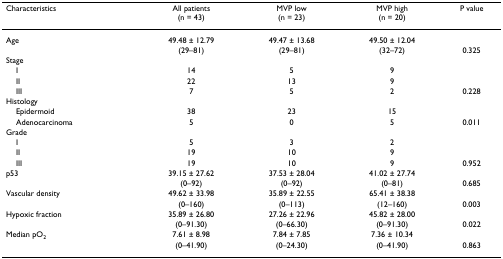
<table><thead><tr><td><b>Characteristics</b></td><td><b>All patients(n = 43)</b></td><td><b>MVP low(n = 23)</b></td><td><b>MVP high(n = 20)</b></td><td><b>P value</b></td></tr></thead><tbody><tr><td>Age</td><td>49.48 ± 12.79</td><td>49.47 ± 13.68</td><td>49.50 ± 12.04</td><td></td></tr><tr><td></td><td>(29–81)</td><td>(29–81)</td><td>(32–72)</td><td>0.325</td></tr><tr><td>Stage</td><td></td><td></td><td></td><td></td></tr><tr><td> I</td><td>14</td><td>5</td><td>9</td><td></td></tr><tr><td> II</td><td>22</td><td>13</td><td>9</td><td></td></tr><tr><td> III</td><td>7</td><td>5</td><td>2</td><td>0.228</td></tr><tr><td>Histology</td><td></td><td></td><td></td><td></td></tr><tr><td> Epidermoid</td><td>38</td><td>23</td><td>15</td><td></td></tr><tr><td> Adenocarcinoma</td><td>5</td><td>0</td><td>5</td><td>0.011</td></tr><tr><td>Grade</td><td></td><td></td><td></td><td></td></tr><tr><td> I</td><td>5</td><td>3</td><td>2</td><td></td></tr><tr><td> II</td><td>19</td><td>10</td><td>9</td><td></td></tr><tr><td> III</td><td>19</td><td>10</td><td>9</td><td>0.952</td></tr><tr><td>p53</td><td>39.15 ± 27.62</td><td>37.53 ± 28.04</td><td>41.02 ± 27.74</td><td></td></tr><tr><td></td><td>(0–92)</td><td>(0–92)</td><td>(0–81)</td><td>0.685</td></tr><tr><td>Vascular density</td><td>49.62 ± 33.98</td><td>35.89 ± 22.55</td><td>65.41 ± 38.38</td><td></td></tr><tr><td></td><td>(0–160)</td><td>(0–113)</td><td>(12–160)</td><td>0.003</td></tr><tr><td>Hypoxic fraction</td><td>35.89 ± 26.80</td><td>27.26 ± 22.96</td><td>45.82 ± 28.00</td><td></td></tr><tr><td></td><td>(0–91.30)</td><td>(0–66.30)</td><td>(0–91.30)</td><td>0.022</td></tr><tr><td>Median pO<sub>2</sub></td><td>7.61 ± 8.98</td><td>7.84 ± 7.85</td><td>7.36 ± 10.34</td><td></td></tr><tr><td></td><td>(0–41.90)</td><td>(0–24.30)</td><td>(0–41.90)</td><td>0.863</td></tr></tbody></table>